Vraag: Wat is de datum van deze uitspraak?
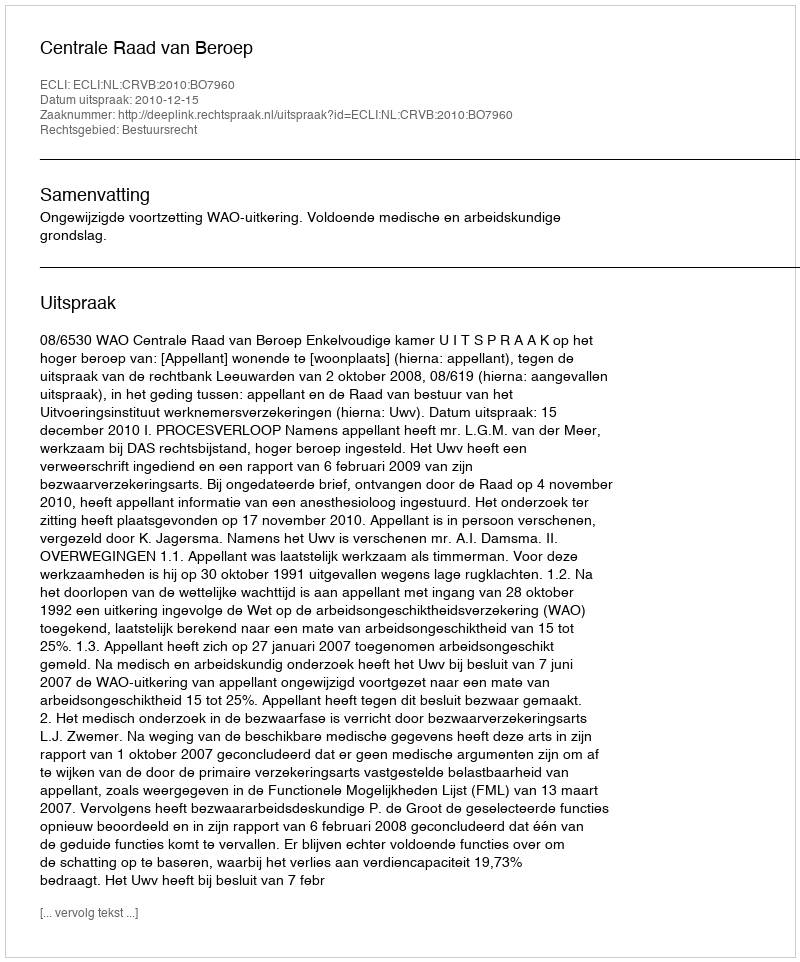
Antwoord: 2010-12-15